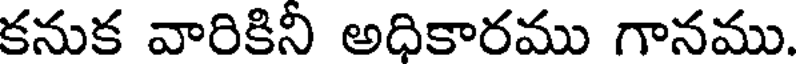
కనుక వారికినీ అధికారము గానము.